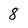
Character: 8